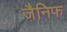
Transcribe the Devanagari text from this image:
जैनिफ